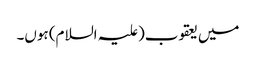
میں یعقوب(علیہ السلام) ہوں۔